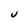
Character: U